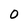
Character: 0